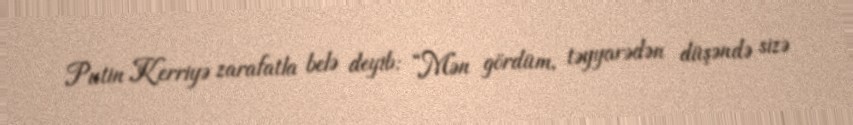
Putin Kerriyə zarafatla belə deyib: “Mən gördüm, təyyarədən düşəndə sizə